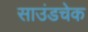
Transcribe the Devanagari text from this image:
साउंडचेक